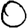
Digit: 0